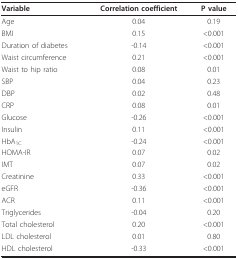
<table><thead><tr><td><b>Variable</b></td><td><b>Correlation coefficient</b></td><td><b>P value</b></td></tr></thead><tbody><tr><td>Age</td><td>0.04</td><td>0.19</td></tr><tr><td>BMI</td><td>0.15</td><td>&lt;0.001</td></tr><tr><td>Duration of diabetes</td><td>-0.14</td><td>&lt;0.001</td></tr><tr><td>Waist circumference</td><td>0.21</td><td>&lt;0.001</td></tr><tr><td>Waist to hip ratio</td><td>0.08</td><td>0.01</td></tr><tr><td>SBP</td><td>0.04</td><td>0.23</td></tr><tr><td>DBP</td><td>0.02</td><td>0.48</td></tr><tr><td>CRP</td><td>0.08</td><td>0.01</td></tr><tr><td>Glucose</td><td>-0.26</td><td>&lt;0.001</td></tr><tr><td>Insulin</td><td>0.11</td><td>&lt;0.001</td></tr><tr><td>HbA<sub>1C</sub></td><td>-0.24</td><td>&lt;0.001</td></tr><tr><td>HOMA-IR</td><td>0.07</td><td>0.02</td></tr><tr><td>IMT</td><td>0.07</td><td>0.02</td></tr><tr><td>Creatinine</td><td>0.33</td><td>&lt;0.001</td></tr><tr><td>eGFR</td><td>-0.36</td><td>&lt;0.001</td></tr><tr><td>ACR</td><td>0.11</td><td>&lt;0.001</td></tr><tr><td>Triglycerides</td><td>-0.04</td><td>0.20</td></tr><tr><td>Total cholesterol</td><td>0.20</td><td>&lt;0.001</td></tr><tr><td>LDL cholesterol</td><td>0.01</td><td>0.80</td></tr><tr><td>HDL cholesterol</td><td>-0.33</td><td>&lt;0.001</td></tr></tbody></table>